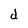
Character: d